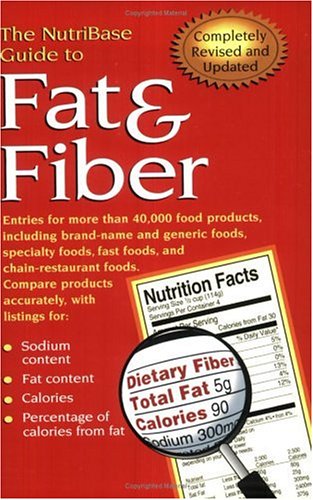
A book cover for The NutriBase Guide to Fat & Fiber in Your Food; NutriBase; Health, Fitness & Dieting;